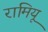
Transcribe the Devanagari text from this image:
रामियू